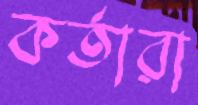
কর্তারা